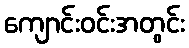
ကျောင်းဝင်းအတွင်း